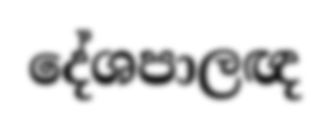
දේශපාලඥ